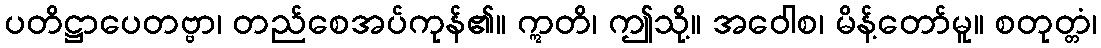
ပတိဋ္ဌာပေတဗ္ဗာ၊ တည်စေအပ်ကုန်၏။ ဣတိ၊ ဤသို့။ အဝေါစ၊ မိန့်တော်မူ။ စတုတ္တံ၊